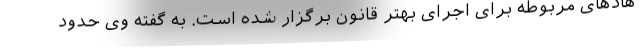
هادهای مربوطه برای اجرای بهتر قانون برگزار شده است. به گفته وی حدود